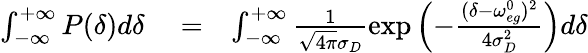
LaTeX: \begin{array}{rlr}{\int_{-\infty}^{+\infty}P(\delta)d\delta}&{{}=}&{\int_{-\infty}^{+\infty}\frac{1}{\sqrt{4\pi}\sigma_{D}}\exp\left(-\frac{(\delta-\omega_{eg}^{0})^{2}}{4\sigma_{D}^{2}}\right)d\delta}\end{array}